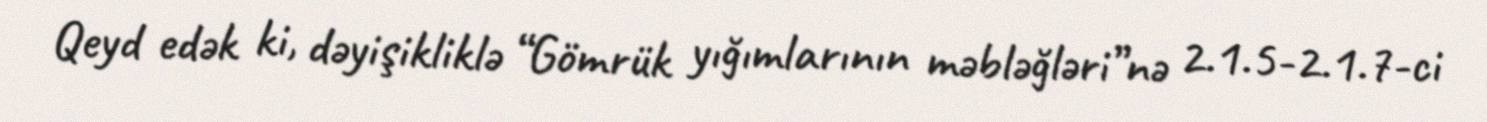
Qeyd edək ki, dəyişikliklə “Gömrük yığımlarının məbləğləri”nə 2.1.5-2.1.7-ci